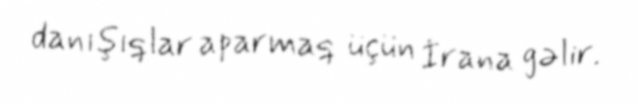
danışıqlar aparmaq üçün İrana gəlir.